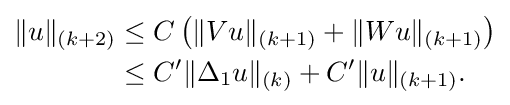
{\begin{aligned}\|u\|_{(k+2)}&\leq C\left(\|Vu\|_{(k+1)}+\|Wu\|_{(k+1)}\right)\\&\leq C^{\prime }\|\Delta _{1}u\|_{(k)}+C^{\prime }\|u\|_{(k+1)}.\end{aligned}}